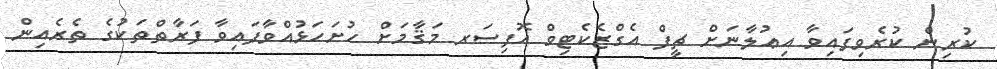
ކުރިން ކުރެވިފައިވާ އިޢުލާނަށް ޗީފް އެގްޒެކެޓިވް އޮފިސަރ މަޤާމަށް ހުށަހަޅުއްވާފައިވާ ފަރާތްތަކުގެ ތެރެއިން